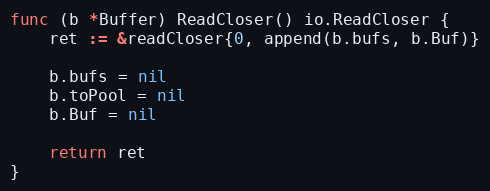
Language: Go
func (b *Buffer) ReadCloser() io.ReadCloser {
	ret := &readCloser{0, append(b.bufs, b.Buf)}

	b.bufs = nil
	b.toPool = nil
	b.Buf = nil

	return ret
}